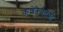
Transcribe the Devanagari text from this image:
कशेरुकांशी